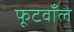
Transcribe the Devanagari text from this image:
फूटवाँल